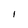
Character: I